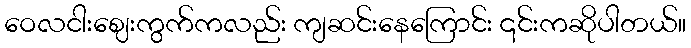
ဝေလငါးဈေးကွက်ကလည်း ကျဆင်းနေကြောင်း ၎င်းကဆိုပါတယ်။